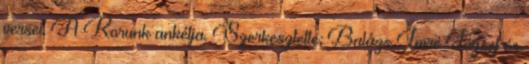
versei. A Korunk ankétja. Szerkesztette: Balázs Imre József és